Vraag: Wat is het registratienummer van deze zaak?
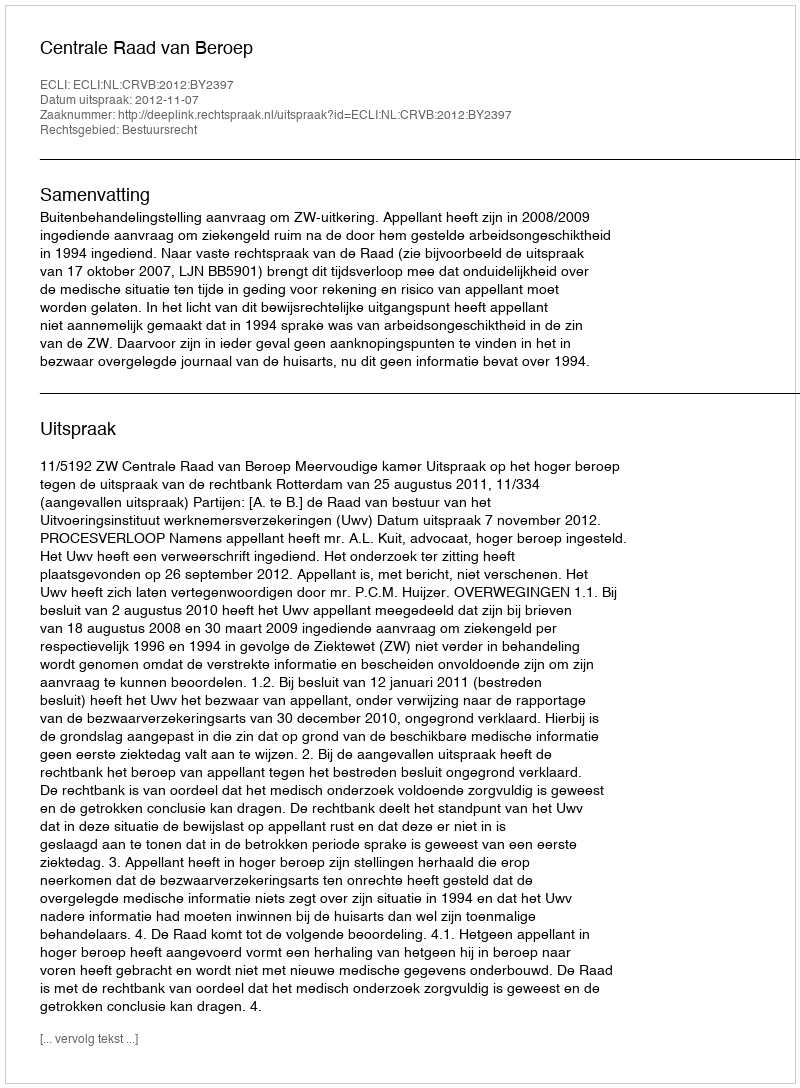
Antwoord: http://deeplink.rechtspraak.nl/uitspraak?id=ECLI:NL:CRVB:2012:BY2397